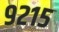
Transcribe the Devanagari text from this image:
९२१५